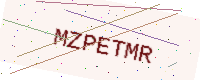
Text: MZPETMR